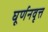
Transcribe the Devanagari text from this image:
घूर्णनवृत्त